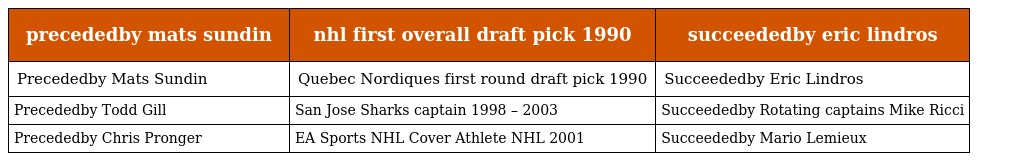
| precededby mats sundin | nhl first overall draft pick 1990 | succeededby eric lindros |
 | --- | --- | --- |
 | Precededby Mats Sundin | Quebec Nordiques first round draft pick 1990 | Succeededby Eric Lindros |
 | Precededby Todd Gill | San Jose Sharks captain 1998 – 2003 | Succeededby Rotating captains Mike Ricci |
 | Precededby Chris Pronger | EA Sports NHL Cover Athlete NHL 2001 | Succeededby Mario Lemieux |